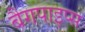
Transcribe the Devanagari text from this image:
बैगपाइप्स